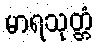
မာရသုတ္တံ